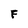
Character: F